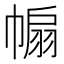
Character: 𢄒